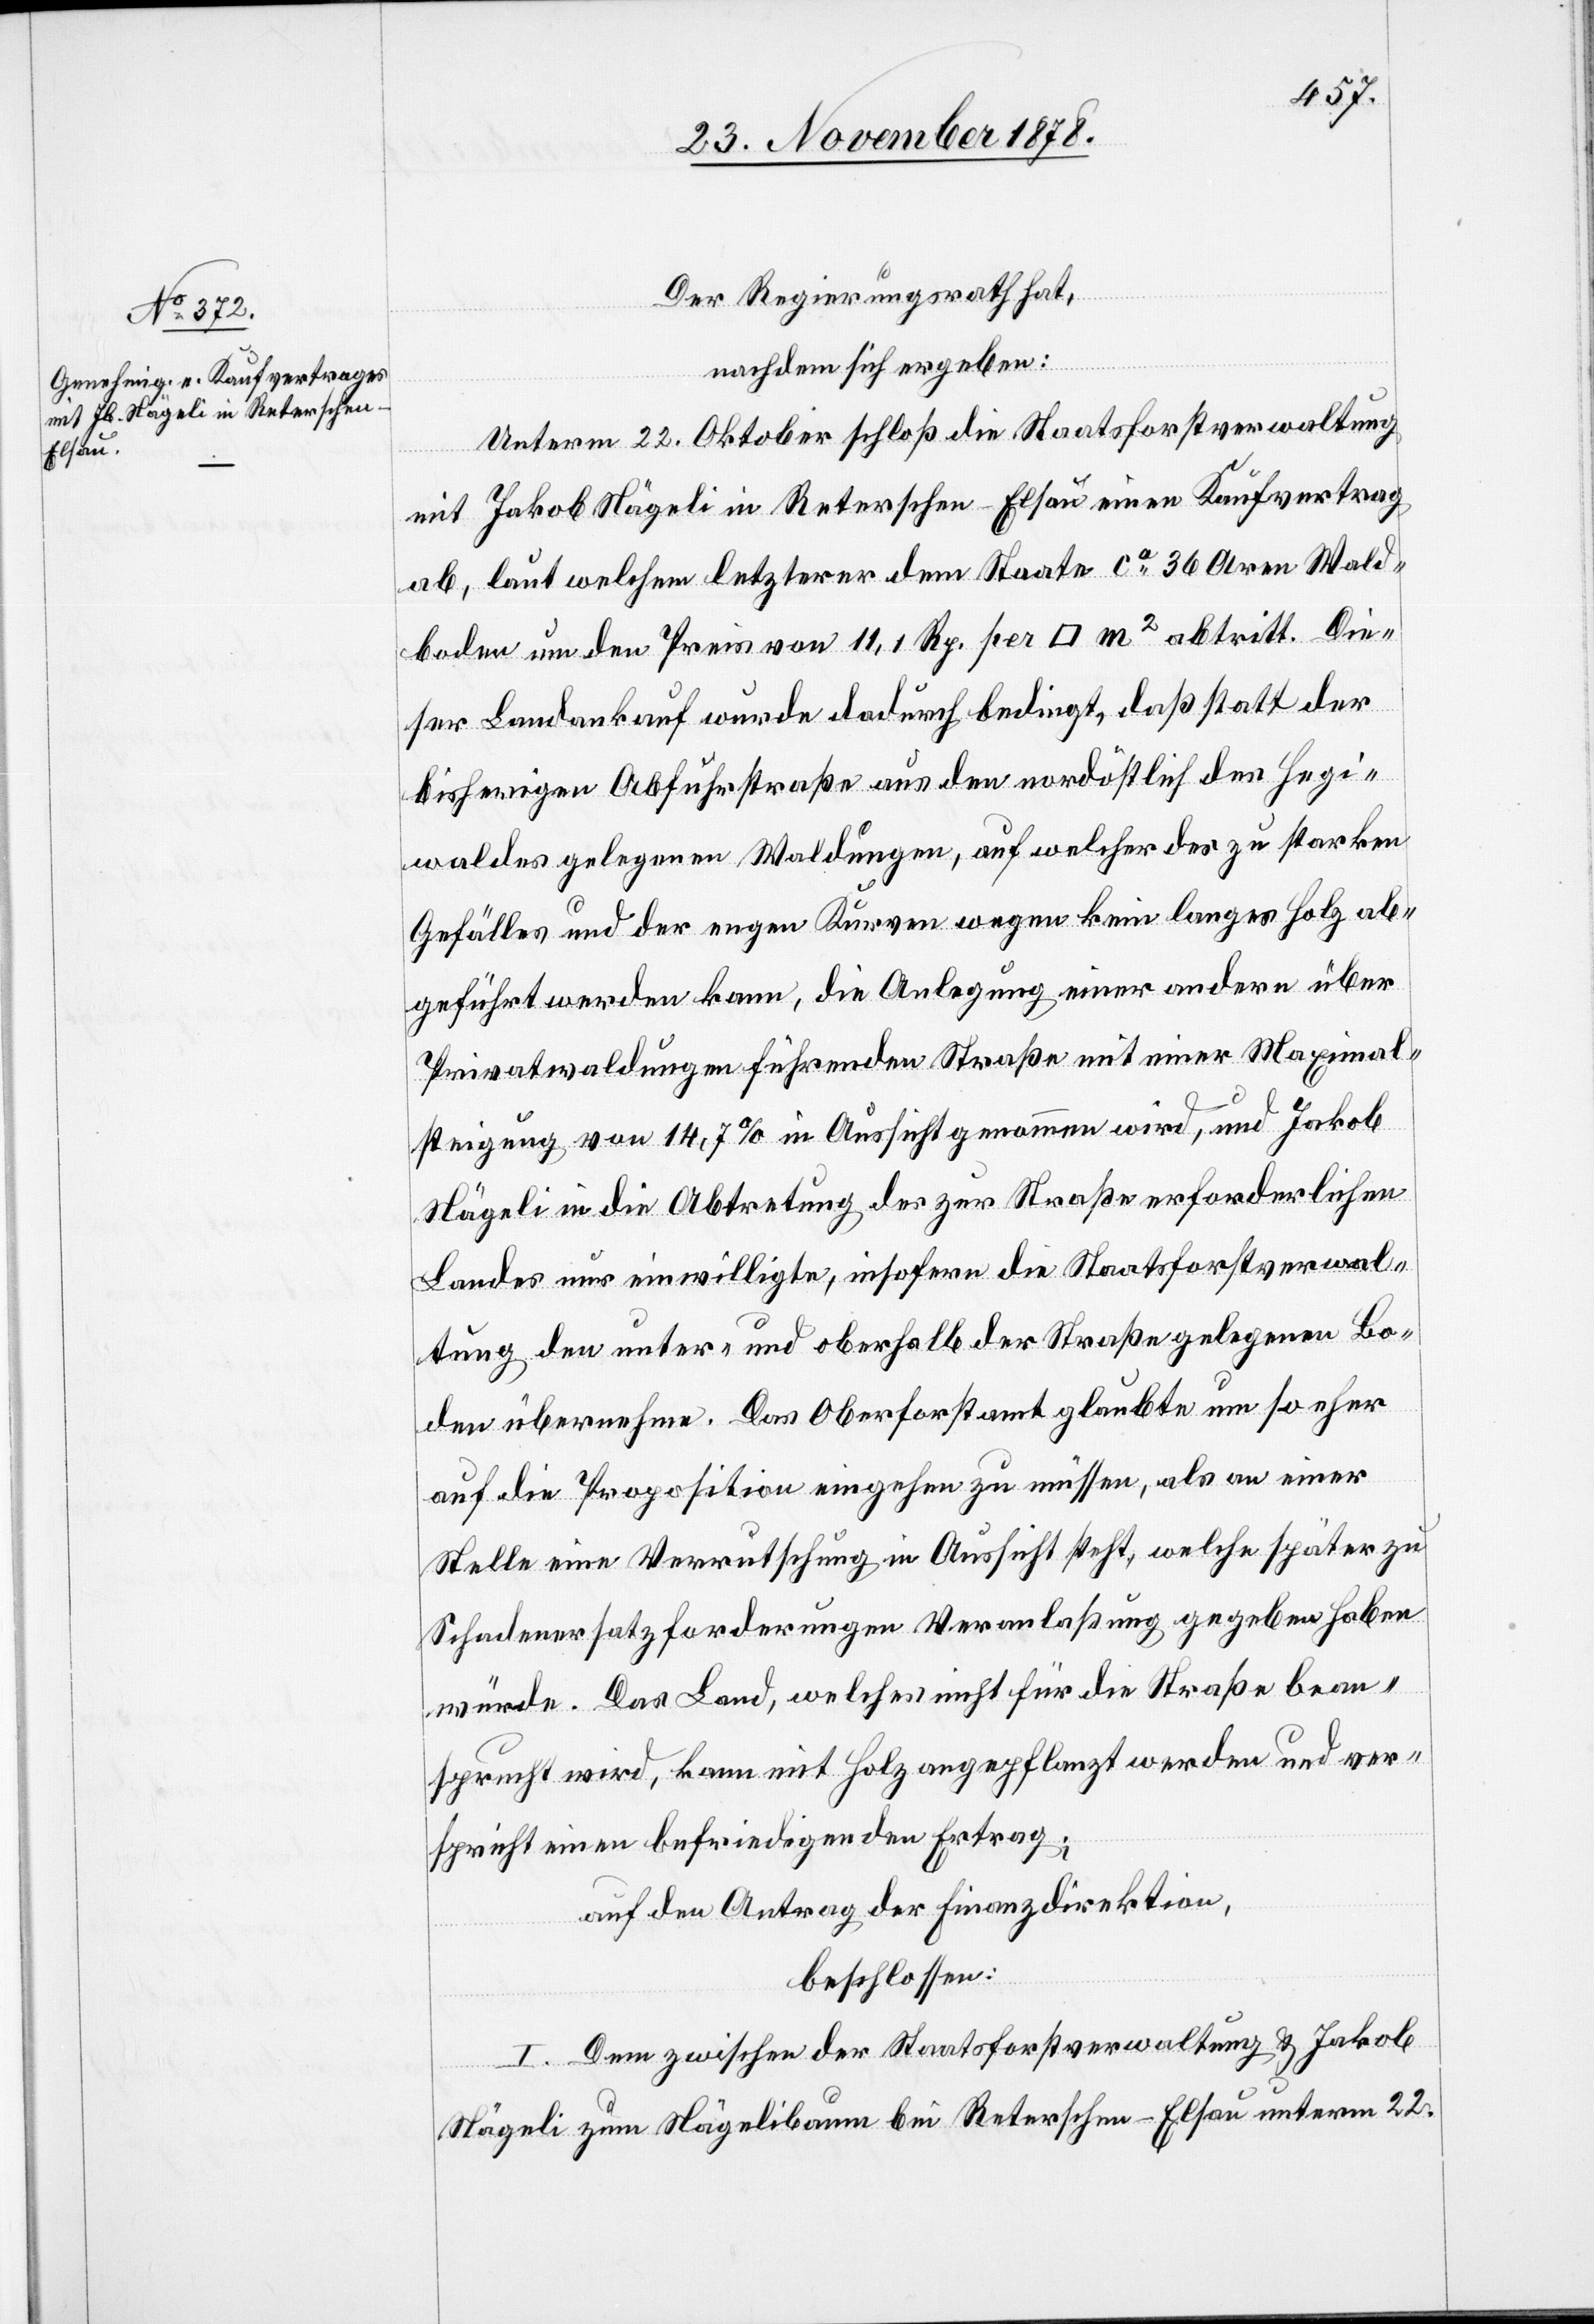
Der Regierungsrath hat,
nachdem sich ergeben:
Unterm 22. Oktober schloß die Staatsforstverwaltung
mit Jakob Nägeli in Reterschen - Elsau einen Kaufvertrag
ab, laut welchem letzterer dem Staate ca 36 Aren Wald¬
boden um den Preis von 11,1 Rp. per [Quadratmeter] abtritt. Die¬
ser Landankauf wurde dadurch bedingt, daß statt der
bisherigen Abfuhrstraße aus den nordöstlich des Hegi¬
waldes gelegenen Waldungen, auf welcher des zu starken
Gefälles und der regen Kurven wegen kein langes Holz ab¬
geführt werden kann, die Anlegung einer andern über
Privatwaldungen führenden Straße mit einer Maximal¬
steigung von 14,7% in Aussicht genommen wird, und Jakob
Nägeli in die Abtretung des zur Straße erforderlichen
Landes nur einwilligte, insofern die Staatsforstverwal¬
tung den unter- und oberhalb der Straße gelegenen Bo¬
den übernehme. Das Oberforstamt glaubte um so eher
auf die Proposition eingehen zu müssen, als an einer
Stelle eine Verrutschung in Aussicht steht, welche später zu
Schadenersatzforderungen Veranlaßung gegeben haben
würden. Das Land, welches nicht für die Straße bean¬
sprucht wird, kann mit Holz angepflanzt werden und ver¬
spricht einen befriedigenden Ertrag;
auf den Antrag der Finanzdirektion,
beschlossen:
I. Dem zwischen der Staatsforstverwaltung & Jakob
Nägeli zum Nägelibaum bei Reterschen - Elsau unterm 22.